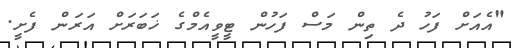
"އެއަށް ފަހު ދެ ތިން މަސް ފަހުން ޓީވީއެމްގެ ޚަބަރަށް އަރަން ފެށީ.